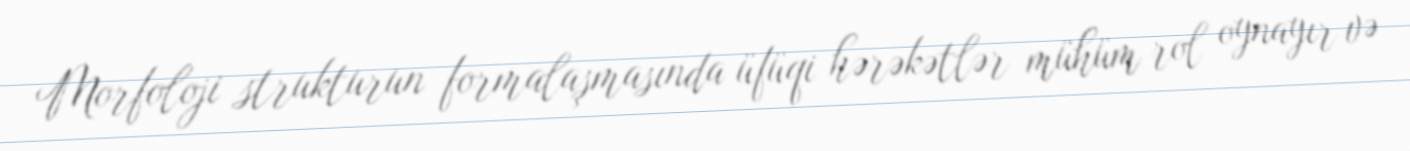
Morfoloji strukturun formalaşmasında üfüqi hərəkətlər mühüm rol oynayır və